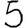
Digit: 5